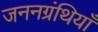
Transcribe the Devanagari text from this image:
जननग्रंथियाँ